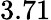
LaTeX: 3.71